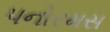
પનોરમસ